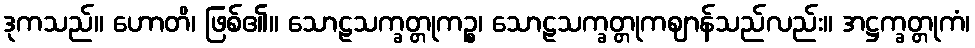
ဒုကသည်။ ဟောတိ၊ ဖြစ်၏။ သောဠသက္ခတ္တုကဉ္စ၊ သောဠသက္ခတ္တုကဈာန်သည်လည်း။ အဋ္ဌက္ခတ္တုကံ၊